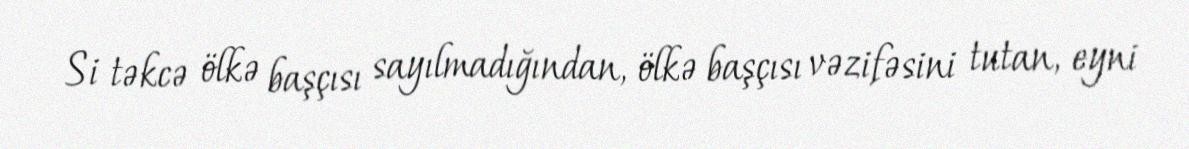
Si təkcə ölkə başçısı sayılmadığından, ölkə başçısı vəzifəsini tutan, eyni